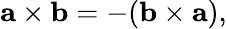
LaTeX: \mathbf{a}\times\mathbf{b}=-(\mathbf{b}\times\mathbf{a}),